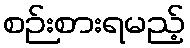
စဉ်းစားရမည့်